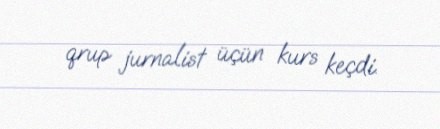
qrup jurnalist üçün kurs keçdi.